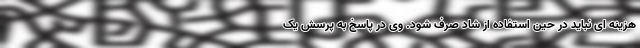
هزینه ای نباید در حین استفاده از شاد صرف شود. وی در پاسخ به پرسش یک